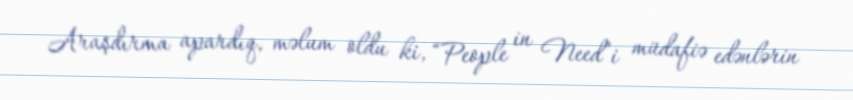
Araşdırma apardıq, məlum oldu ki, “People in Need”i müdafiə edənlərin